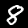
Digit: 8